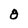
Character: 8